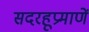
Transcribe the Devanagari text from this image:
सदरहूप्रमाणें